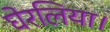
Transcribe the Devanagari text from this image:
घेरलिया।